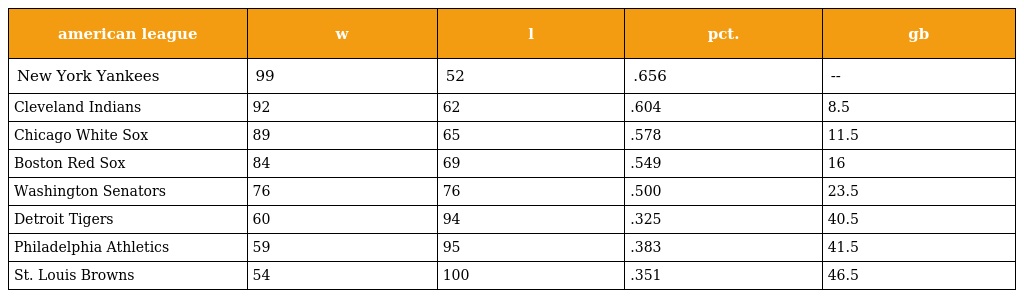
| american league | w | l | pct. | gb |
 | --- | --- | --- | --- | --- |
 | New York Yankees | 99 | 52 | .656 | -- |
 | Cleveland Indians | 92 | 62 | .604 | 8.5 |
 | Chicago White Sox | 89 | 65 | .578 | 11.5 |
 | Boston Red Sox | 84 | 69 | .549 | 16 |
 | Washington Senators | 76 | 76 | .500 | 23.5 |
 | Detroit Tigers | 60 | 94 | .325 | 40.5 |
 | Philadelphia Athletics | 59 | 95 | .383 | 41.5 |
 | St. Louis Browns | 54 | 100 | .351 | 46.5 |